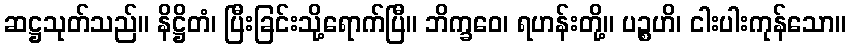
ဆဋ္ဌသုတ်သည်။ နိဋ္ဌိတံ၊ ပြီးခြင်းသို့ရောက်ပြီ။ ဘိက္ခဝေ၊ ရဟန်းတို့။ ပဉ္စဟိ၊ ငါးပါးကုန်သော။